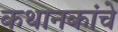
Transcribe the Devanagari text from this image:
कथानकांचे